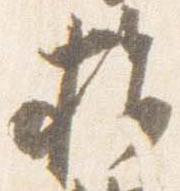
指